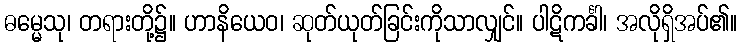
ဓမ္မေသု၊ တရားတို့၌။ ဟာနိယေဝ၊ ဆုတ်ယုတ်ခြင်းကိုသာလျှင်။ ပါဋိကင်္ခါ၊ အလိုရှိအပ်၏။